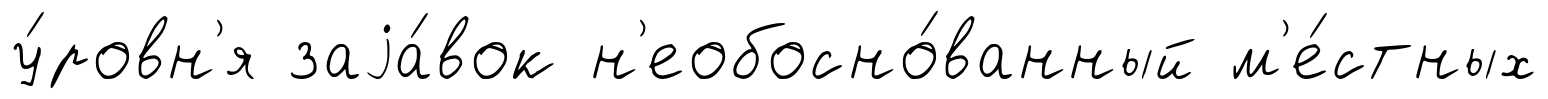
у́ровн'я заjа́вок н'еобосно́ванный м'е́стных